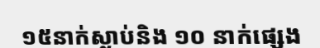
១៥នាក់ស្លាប់និង ១០ នាក់ផ្សេង